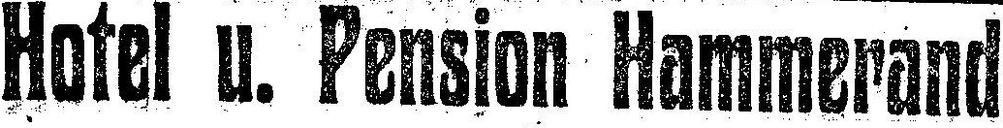
Hotel u. Pension Hammerand